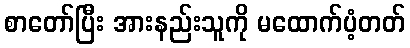
စာတော်ပြီး အားနည်းသူကို မထောက်ပံ့တတ်